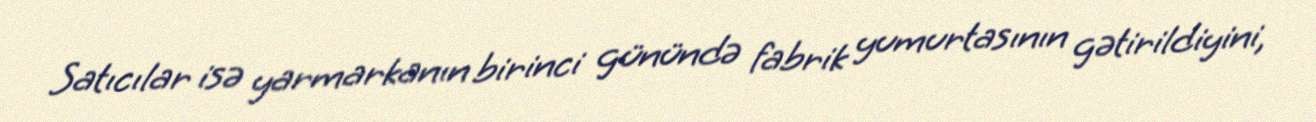
Satıcılar isə yarmarkanın birinci günündə fabrik yumurtasının gətirildiyini,